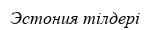
Эстония тілдері